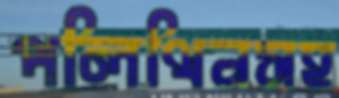
পলিথিনসহ